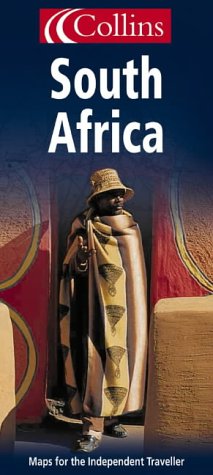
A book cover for South Africa (Collins); Travel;